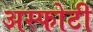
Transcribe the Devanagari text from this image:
अस्फोटी